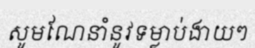
សូមណែនាំនូវទម្លាប់ងាយៗ